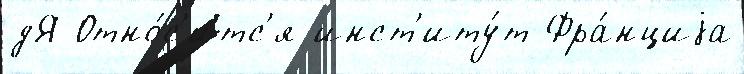
дЯ Отно́с'итс'я инст'иту́т Фра́нциjа